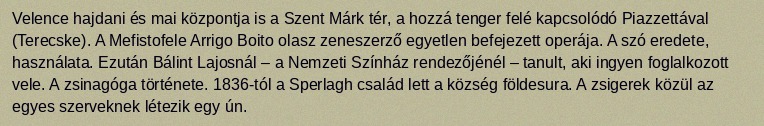
Velence hajdani és mai központja is a Szent Márk tér, a hozzá tenger felé kapcsolódó Piazzettával (Terecske). A Mefistofele Arrigo Boito olasz zeneszerző egyetlen befejezett operája. A szó eredete, használata. Ezután Bálint Lajosnál – a Nemzeti Színház rendezőjénél – tanult, aki ingyen foglalkozott vele. A zsinagóga története. 1836-tól a Sperlagh család lett a község földesura. A zsigerek közül az egyes szerveknek létezik egy ún.